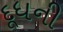
દૂધની